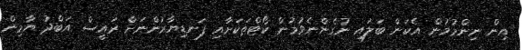
އިން ނިންމުމުން އެކަން ބަލައި ނުގެންނެވުމުން ކޯޓްތަކަށާއި ފަނޑިޔާރުންނަށް ރައީސް އަބްދު ޔާމިން